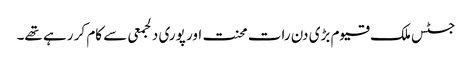
جسٹس ملک قیوم بڑی دن رات محنت اور پوری دلجمعی سے کام کر رہے تھے۔